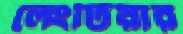
লেংটিয়ার